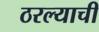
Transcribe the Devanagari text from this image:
ठरल्याची